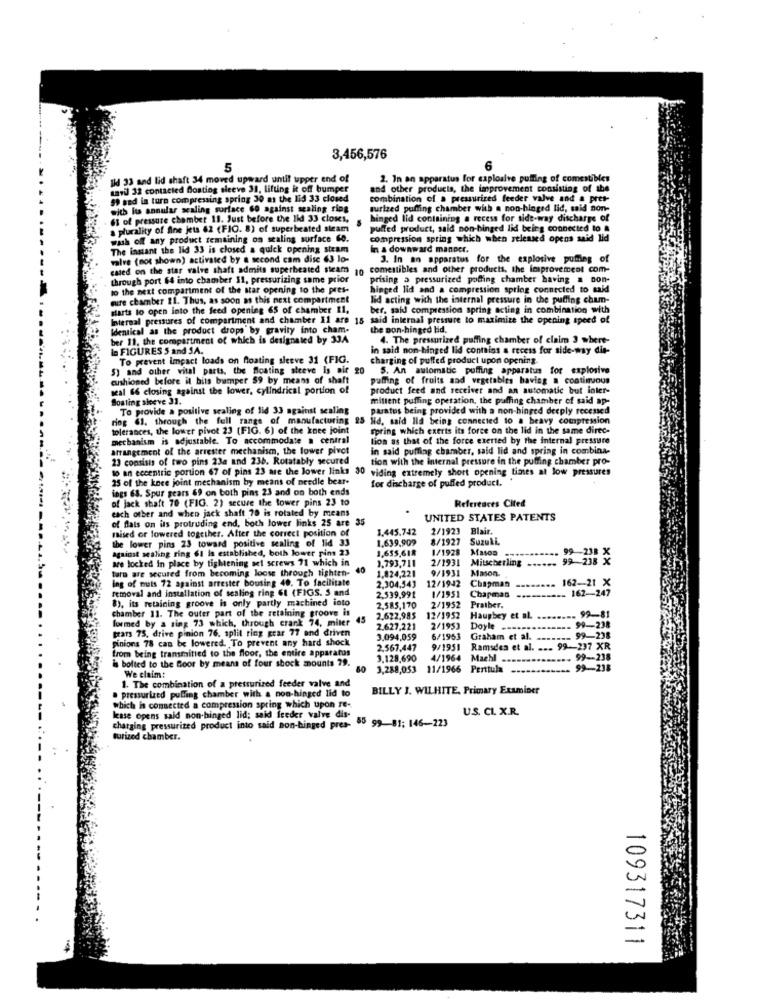
3,456,576
5
6
Ild 33 and lid shaft 34 moved upward until upper end of
2. In on apparatus for explosive puffing of comestibles
mavil 32 contacted Bostiog sleeve 31, lifting it off bumper
and other products, the improvement consisting of the
$9 and in turn compressing spring 30 as the lid 33 closed
combination of a pressurized feeder valve and a pres-
sich lis annular scaling surface Go against scaling ring
surized puffing chamber with a non-hinged lid, said non-
63 of pressure chamber 11. Just before the lid 33 closes,
hinged lid containing a recess for side-way discharge of
a plurality of fine jets 62 (FIO. 8) of superbeated steam
puffed product, said non-hinged lid being connected to a
wash off any product remaining on sealing surface Go.
compression spring which when released opens said lid
The instant the lid 33 is closed a quick opening steam
In a downward manner.
valve (not shown) activated by a second cam disc 63 lo-
3. In an apparatus for the explosive puffing of
cased on the star valve shaft admits superheated steam
10
comestibles and other products, the improvement com-
through port 64 into chamber 11, pressurizing same prior
prising o pressurized podling chamber having a non-
to the next compartment of the star opening to the pres-
hinged lid and a compression spring connected to said
mure chamber 11. Thus, as soon as this next compartment
lid acting with the internal pressure in the puffing cham-
starts to open into the feed opening 65 of chamber Il,
ber, said compression spring acting in combination with
Internal pressures of compartment and chamber Il are 15 said internal pressure to maximize the opening speed of
Identical as the product drops by gravity into cham-
the pon-hinged hid,
ber 11, the compartment of which is designated by 334
4. The pressurized puffing chamber of claim 3 where-
In FIGURES S and SA.
in said non-hinged lid contains a recess for side-way die-
To prevent impact loads on floating sleeve 31 (FIG.
charging of puffed product upon opening.
5) and other vital parts, the floating sleeve is air g
5. An automatic puffing apparatus for explosive
cushioned before il bits bumper $9 by means of shaft
puffing of fruits and vegetables having a continuous
seal 66 closing against the lower, cylindrical portion of
product feed and receiver and an automatic but inler-
Boating sleeve 31.
millent puffing operation, the puffing chamber of said ap-
To provide a positive sealing of lid 33 against sealing
paratus being provided with a non-hinged deeply recessed
riog 61. through the full range of manufacturing &
Nd, said lid being connected to a heavy compression
tolerances, the lower pivot 23 (FIG. 6) of the knee joint
spring which exerts its force on the lid in the same direc-
mechanism is adjustable. To accommodate a central
lion as that of the force exerted by the internal pressure
arrangement of the arrester mechanism, the lower pivot
in said puffing chamber, said lid and spring in combina-
23 consists of two pins 23a and 236. Rotatably secured
tion with the internal pressure in the puffing chamber pro-
to an eccentric portion 67 of pins 23 are the lower links 30 viding extremely short opening times at low pressures
25 of the knee joint mechanism by means of needle bear-
for discharge of puffed product.
ings 68. Spur gears 69 on both pins 23 and on both ends
of jack shaft 70 (FIG. 2) secure the tower pins 23 to
References Cited
each other and when jack shaft 70 is rotated by means
of flats on its protruding end, both lower links 25 are 35
UNITED STATES PATENTS
mised or lowered together. After the correct position of
1.445.742
2/1923 Blair.
the lower pins 23 toward positive sealing of lid 33
1.639,909
8/1927 Suzuki.
against sealing ring 61 is established, both lower pins 23
1,655,618
1/1928
99-238 X
are locked in place by tightening act screws 71 which in
1.793,711
2/1931
Mitscherling ......
99-238 X
taro are secured from becoming loose through tighten-
40
1.824,221
9/1931
Mason
ing of muets 72 against arrester bousing 40. To facilitate
2.304,543
12/1942 Chapman
162-21 X
removal and installation of scaling ring 61 (FIGS. S and
2.539.991
Chapman
--------- 162-247
162-247
8), its retaining groove is only partly machined into
1/1951
2/1952
Pratber.
chamber 11. The outer part of the retaining groove is
2.585,170
. 99-81
formed by a sing 73 which, through crank 74, miter
45
2.622,985
12/1952
Haughey et al.
99-238
prats 75, drive pinion 76. split ring grar 77 and driven
2.627,221
2/1953
Doyle
__ 99-238
pinions 78 can be lowered. To prevent any hard shock
3.094,059
6/1953
Graham et al.
from being transmitted to the floor, the entire apparatus
2.567,447
9/1951
Ramsdes et al. ... 99-237 XR
is bolted to the Boor by means of four shock mounts 79.
3.128,690
4/1964
Maeh ..
99-238
3,288,053
11/1966 Perttula
99-238
We claim:
1. The combination of a pressurized feeder valve and
BILLY J. WILHITE, Primary Examiner
pressurized puffing chamber with a non-hinged lid to
which is connected a compression spring which upon re-
U.S. CI, X.R.
lease opens said non-hinged lid; said feeder valve dis-
55 99- 81: 146-223
charging pressurized product into said non-hinged pres-
turized chamber.
109317311